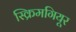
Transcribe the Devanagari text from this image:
स्क्रिमगियूर